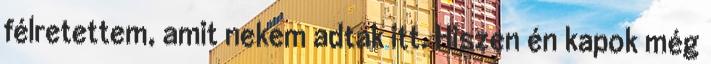
félretettem, amit nekem adtak itt. Hiszen én kapok még